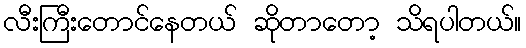
လီးကြီးတောင်နေတယ် ဆိုတာတော့ သိရပါတယ်။